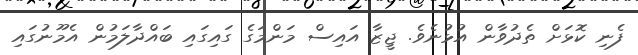
ފެނި ކޮޅަށް ތެދުވާން އުޅުނެވެ. ޖީޒާ އައިސް މަންމަގެ ގައިގައި ބައްދާލަމުން އެމޫނުގައި